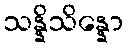
သန္နိသိန္နော